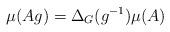
LaTeX: \begin{align*}\mu(Ag)=\Delta_G(g^{-1})\mu(A)\end{align*}